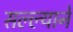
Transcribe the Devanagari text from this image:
सल्ल्यानें